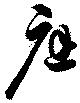
応